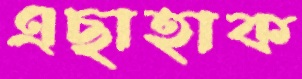
এছাহাক